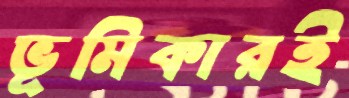
ভূমিকারই